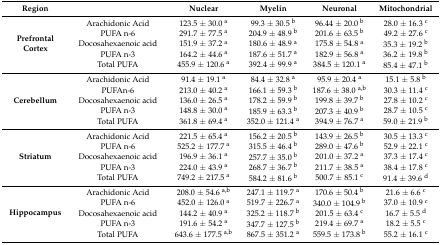
<table><thead><tr><td><b>Region</b></td><td></td><td><b>Nuclear</b></td><td><b>Myelin</b></td><td><b>Neuronal</b></td><td><b>Mitochondrial</b></td></tr></thead><tbody><tr><td rowspan="5"><b>Prefrontal Cortex</b></td><td>Arachidonic Acid</td><td>123.5 ± 30.0 <sup>a</sup></td><td>99.3 ± 30.5 <sup>b</sup></td><td>96.44 ± 20.0 <sup>b</sup></td><td>28.0 ± 16.3 <sup>c</sup></td></tr><tr><td>PUFA n-6</td><td>291.7 ± 77.5 <sup>a</sup></td><td>204.9 ± 48.9 <sup>b</sup></td><td>201.6 ± 63.5 <sup>b</sup></td><td>49.2 ± 27.6 <sup>c</sup></td></tr><tr><td>Docosahexaenoic acid</td><td>151.9 ± 37.2 <sup>a</sup></td><td>180.6 ± 48.9 <sup>a</sup></td><td>175.8 ± 54.8 <sup>a</sup></td><td>35.3 ± 19.2 <sup>b</sup></td></tr><tr><td>PUFA n-3</td><td>164.2 ± 44.6 <sup>a</sup></td><td>187.6 ± 51.7 <sup>a</sup></td><td>182.9 ± 56.8 <sup>a</sup></td><td>36.2 ± 19.8 <sup>b</sup></td></tr><tr><td>Total PUFA</td><td>455.9 ± 120.6 <sup>a</sup></td><td>392.4 ± 99.9 <sup>a</sup></td><td>384.5 ± 120.1 <sup>a</sup></td><td>85.4 ± 47.1 <sup>b</sup></td></tr><tr><td rowspan="5"><b>Cerebellum</b></td><td>Arachidonic Acid</td><td>91.4 ± 19.1 <sup>a</sup></td><td>84.4 ± 32.8 <sup>a</sup></td><td>95.9 ± 20.4 <sup>a</sup></td><td>15.1 ± 5.8 <sup>b</sup></td></tr><tr><td>PUFAn-6</td><td>213.0 ± 40.2 <sup>a</sup></td><td>166.1 ± 59.3 <sup>b</sup></td><td>187.6 ± 38.0 <sup>a,b</sup></td><td>30.3 ± 11.4 <sup>c</sup></td></tr><tr><td>Docosahexaenoic acid</td><td>136.0 ± 26.5 <sup>a</sup></td><td>178.2 ± 59.9 <sup>b</sup></td><td>199.8 ± 39.7 <sup>b</sup></td><td>27.8 ± 10.2 <sup>c</sup></td></tr><tr><td>PUFA n-3</td><td>148.8 ± 30.0 <sup>a</sup></td><td>185.9 ± 63.3 <sup>b</sup></td><td>207.3 ± 40.9 <sup>b</sup></td><td>28.7 ± 10.5 <sup>c</sup></td></tr><tr><td>Total PUFA</td><td>361.8 ± 69.4 <sup>a</sup></td><td>352.0 ± 121.4 <sup>a</sup></td><td>394.9 ± 76.7 <sup>a</sup></td><td>59.0 ± 21.9 <sup>b</sup></td></tr><tr><td rowspan="5"><b>Striatum</b></td><td>Arachidonic Acid</td><td>221.5 ± 65.4 <sup>a</sup></td><td>156.2 ± 20.5 <sup>b</sup></td><td>143.9 ± 26.5 <sup>b</sup></td><td>30.5 ± 13.3 <sup>c</sup></td></tr><tr><td>PUFA n-6</td><td>525.2 ± 177.7 <sup>a</sup></td><td>315.5 ± 46.4 <sup>b</sup></td><td>289.0 ± 47.6 <sup>b</sup></td><td>52.9 ± 22.1 <sup>c</sup></td></tr><tr><td>Docosahexaenoic acid</td><td>196.9 ± 36.1 <sup>a</sup></td><td>257.7 ± 35.0 <sup>b</sup></td><td>201.0 ± 37.2 <sup>a</sup></td><td>37.3 ± 17.4 <sup>c</sup></td></tr><tr><td>PUFA n-3</td><td>224.0 ± 43.9 <sup>a</sup></td><td>268.7 ± 36.7 <sup>b</sup></td><td>211.7 ± 38.5 <sup>a</sup></td><td>38.4 ± 17.8 <sup>c</sup></td></tr><tr><td>Total PUFA</td><td>749.2 ± 217.5 <sup>a</sup></td><td>584.2 ± 81.6 <sup>b</sup></td><td>500.7 ± 85.1 <sup>c</sup></td><td>91.4 ± 39.6 <sup>d</sup></td></tr><tr><td rowspan="5"><b>Hippocampus</b></td><td>Arachidonic Acid</td><td>208.0 ± 54.6 <sup>a,b</sup></td><td>247.1 ± 119.7 <sup>a</sup></td><td>170.6 ± 50.4 <sup>b</sup></td><td>21.6 ± 6.6 <sup>c</sup></td></tr><tr><td>PUFA n-6</td><td>452.0 ± 126.0 <sup>a</sup></td><td>519.7 ± 226.7 <sup>a</sup></td><td>340.0 ± 104.9 <sup>b</sup></td><td>37.0 ± 10.9 <sup>c</sup></td></tr><tr><td>Docosahexaenoic acid</td><td>144.2 ± 40.9 <sup>a</sup></td><td>325.2 ± 118.7 <sup>b</sup></td><td>201.5 ± 63.4 <sup>c</sup></td><td>16.7 ± 5.5 <sup>d</sup></td></tr><tr><td>PUFA n-3</td><td>191.6 ± 54.2 <sup>a</sup></td><td>347.7 ± 127.5 <sup>b</sup></td><td>219.4 ± 69.7 <sup>a</sup></td><td>18.2 ± 5.5 <sup>c</sup></td></tr><tr><td>Total PUFA</td><td>643.6 ± 177.5 <sup>a,b</sup></td><td>867.5 ± 351.2 <sup>a</sup></td><td>559.5 ± 173.8 <sup>b</sup></td><td>55.2 ± 16.1 <sup>c</sup></td></tr></tbody></table>